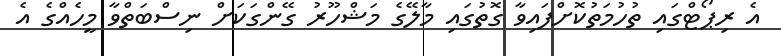
އެ ރިޕޯޓްގައި ތުހުމަތުކޮށްފައިވާ ގޮތުގައި މާލޭގެ މަޝްހޫރު ގޭންގަކަށް ނިސްބަތްވާ މީހެއްގެ އެ